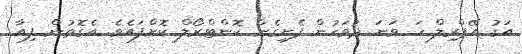
އަގު އޭޕްރިލް ހަ ވަނަ ދުވަހުން ފެށިގެން ކޮންޓްރޯލް ކޮށްފައެވެ. އެގޮތުން ފިއާ